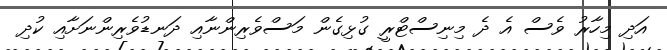
އަދި މިހާރު ވެސް އެ ދެ މިނިސްޓްރީ ގުޅިގެން މަސްވެރިންނާއި ދަނޑުވެރިންނަށާއި ކުދި